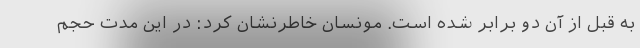
به قبل از آن دو برابر شده است. مونسان خاطرنشان کرد: در این مدت حجم